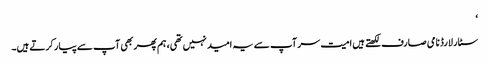
‘
سٹار لارڈ نامی صارف لکھتے ہیں امیت سر آپ سے یہ امید نہیں تھی، ہم پھر بھی آپ سے پیار کرتے ہیں۔